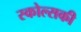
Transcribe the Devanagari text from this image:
स्कोल्सकी